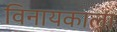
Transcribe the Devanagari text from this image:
विनायकाला